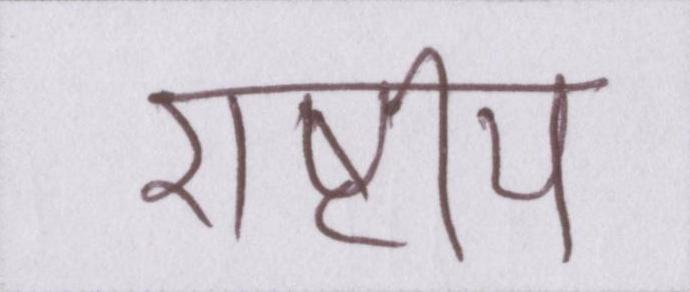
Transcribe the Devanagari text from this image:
राष्टीय